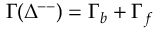
\Gamma ( \Delta ^ { -- } ) = \Gamma _ { b } + \Gamma _ { f }